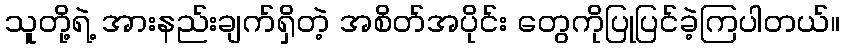
သူတို့ရဲ့ အားနည်းချက်ရှိတဲ့ အစိတ်အပိုင်း တွေကိုပြုပြင်ခဲ့ကြပါတယ်။